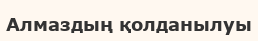
Алмаздың қолданылуы